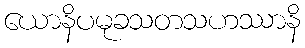
ယောနိပမုခသတသဟဿာနိ